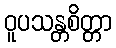
ဝူပသန္တစိတ္တာ